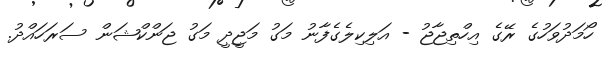
ހޯމަދުވަހުގެ ރޭގެ އިހްތިޖާޖު - އަލިކިލެގެފާނު މަގު މަޖީދީ މަގު ޖަންކްޝަން ސަރަހައްދު.